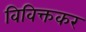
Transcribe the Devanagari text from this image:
विविक्तकर